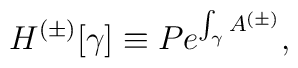
H^{(\pm)}[\gamma] \equiv Pe^{\int_\gamma A^{(\pm)}},